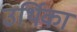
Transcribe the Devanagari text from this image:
उर्थिका